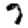
Digit: 7